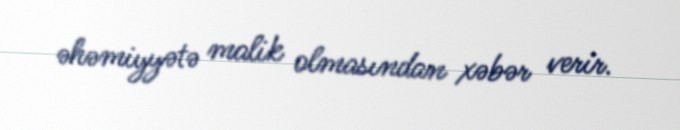
əhəmiyyətə malik olmasından xəbər verir.